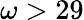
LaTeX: \omega>29